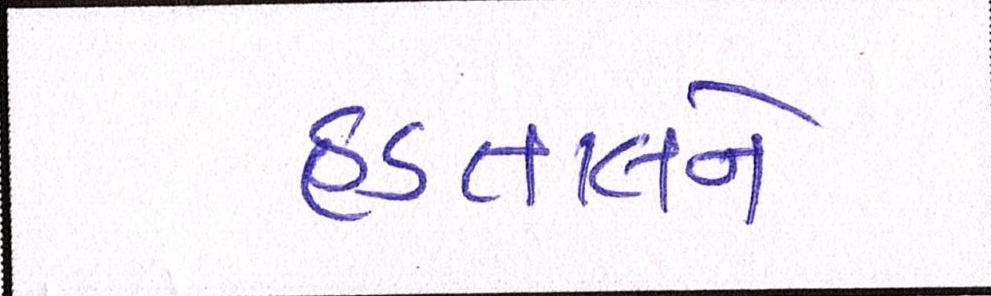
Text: હડતાલને